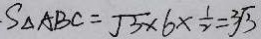
S _ { \Delta A B C } = \sqrt { 3 } \times 6 \times \frac { 1 } { 2 } = \sqrt [ 3 ] { 3 }